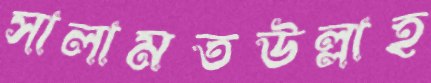
সালামতউল্লাহ